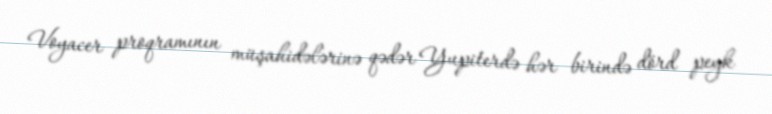
Voyacer proqramının müşahidələrinə qədər Yupiterdə hər birində dörd peyk